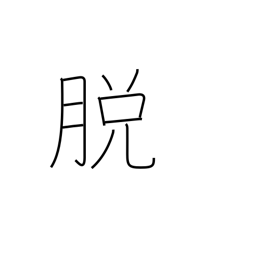
Meaning: undress